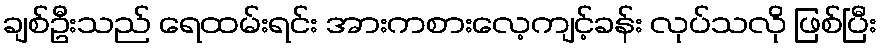
ချစ်ဦးသည် ရေထမ်းရင်း အားကစားလေ့ကျင့်ခန်း လုပ်သလို ဖြစ်ပြီး